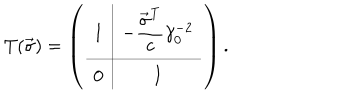
LaTeX: T ( \vec { \sigma } ) = \left( \begin{array} { c | c } { { 1 } } & { { \displaystyle - \frac { \vec { \sigma } ^ { \mathrm { T } } } { c } \gamma _ { 0 } ^ { - 2 } } } \\ \hline { { 0 } } & { { I } } \\ \end{array} \right) .